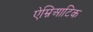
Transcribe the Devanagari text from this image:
ऐम्निआटिक